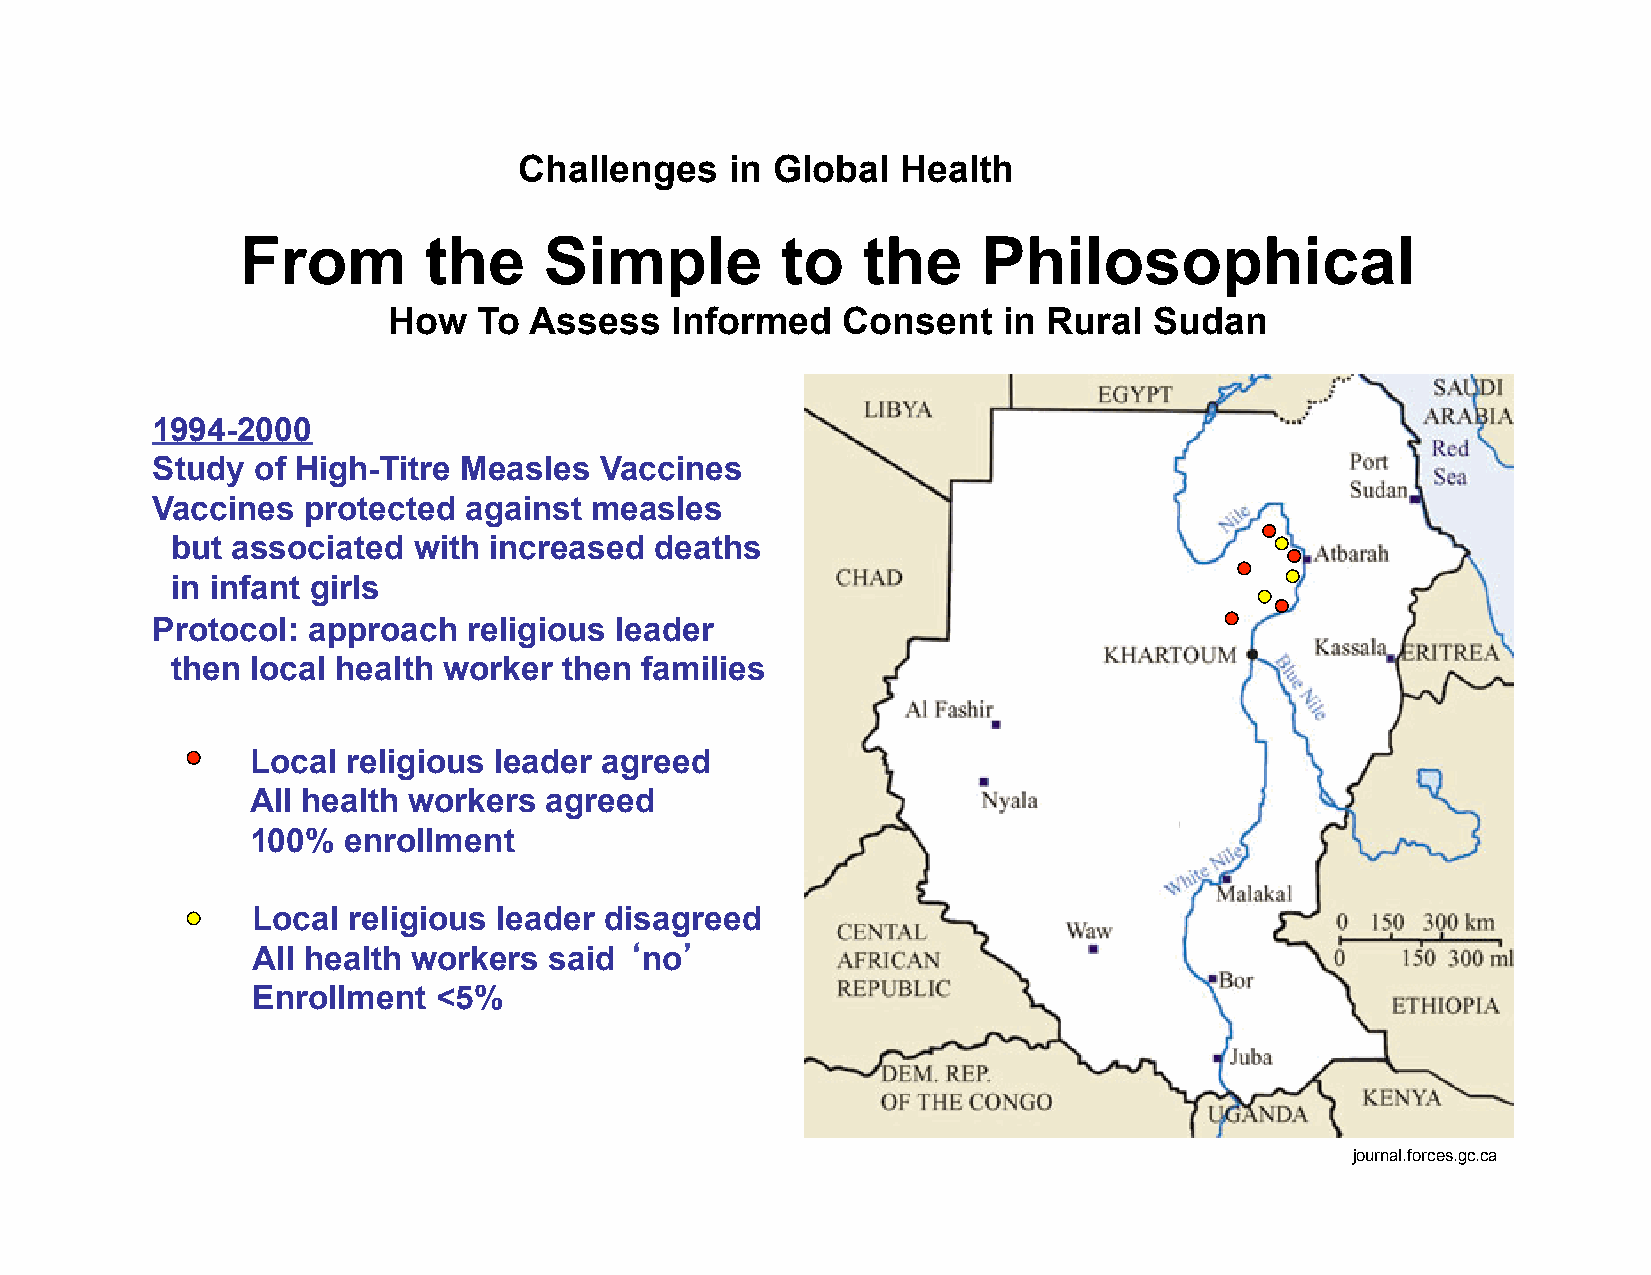
Challenges    in Global   Health
 From        the     Simple          to   the     Philosophical
 How   To Assess   Informed    Consent   in Rural  Sudan
 1994-2000
 Study  of High-Titre Measles  Vaccines
 Vaccines  protected  against measles
 but associated  with increased  deaths
 in infant girls
 Protocol: approach   religious leader
 then  local health worker then families
 Local religious leader agreed
 All health workers agreed
 100%  enrollment
 Local religious leader disagreed
 All health workers said ‘no’
 Enrollment  <5%
 journal.forces.gc.ca